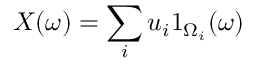
X ( \omega ) = \sum _ { i } u _ { i } 1 _ { \Omega _ { i } } ( \omega )